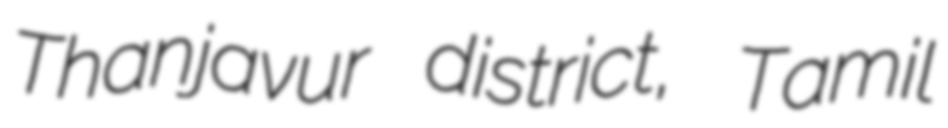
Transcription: Thanjavur district, Tamil